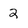
Character: 2